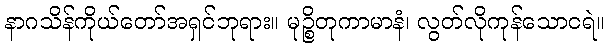
နာဂသိန်ကိုယ်တော်အရှင်ဘုရား။ မုဉ္စိတုကာမာနံ၊ လွတ်လိုကုန်သောငရဲ။